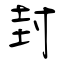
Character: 封